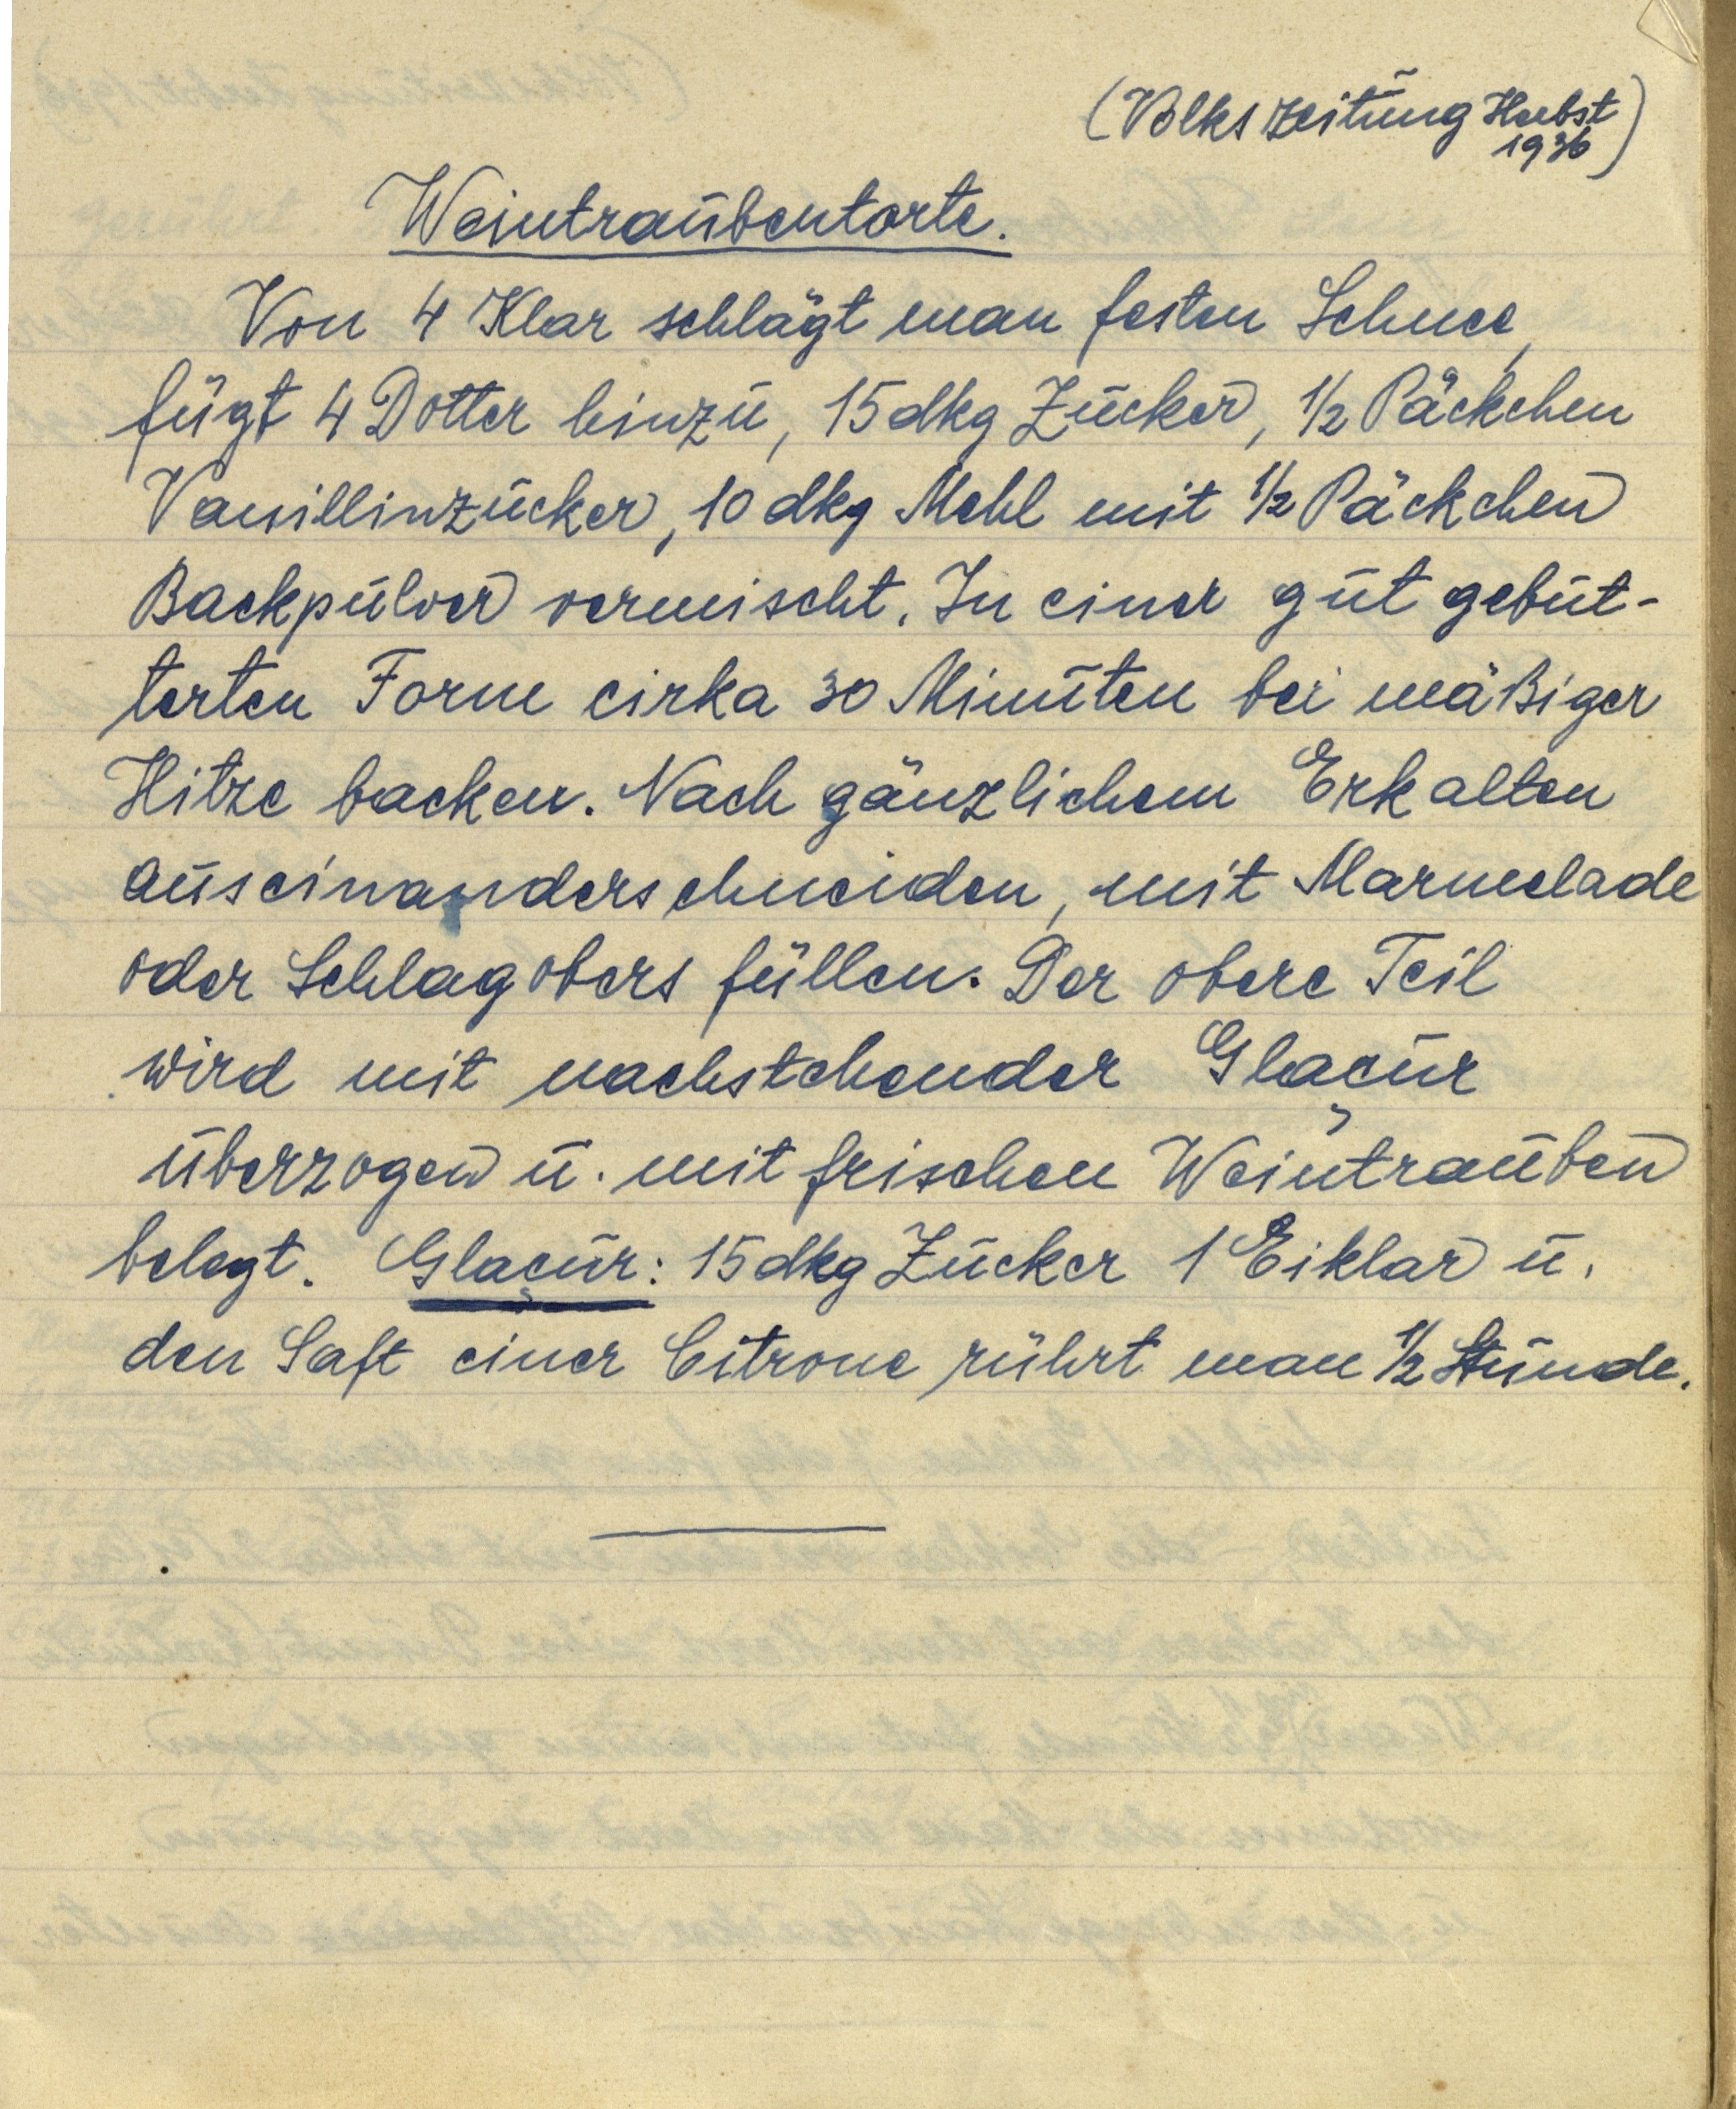
(Volkszeitung Herbst
1936)

Weintraubentorte.

Von 4 Klar schlägt man festen Schnee
fügt 4 Dotter hinzu, 15 dkg Zucker, ½ Päckchen
Vanillinzucker, 10 dkg Mehl mit ½ Päckchen
Backpulver vermischt. In einer gut gebut¬
terten Form cirka 30 Minuten bei mäßiger
Hitze backen. Nach gänzlichem Erkalten
auseinanderschneiden, mit Marmelade
oder Schlagobers füllen. Der obere Teil
wird mit nachstehender Glaçur
überzogen u. mit frischen Weintrauben
belegt. Glaçur: 15 dkg Zucker 1 Eiklar u.
den Saft einer Citrone rührt man ½ Stunde.